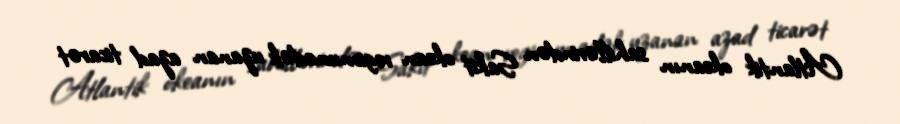
Atlantik okeanın sahillərindən Sakit okean regionunadək uzanan azad ticarət